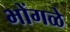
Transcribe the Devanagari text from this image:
भोंगळे